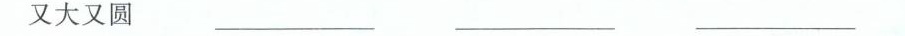
又大又圆 ___ ___ ___